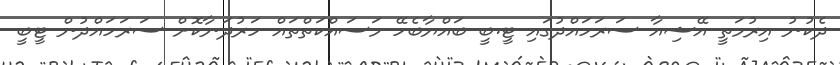
ދެކުނު އިރުމަތީ އޭޝިއާ ސަރަހައްދުގައި ޓީ.ބީ ބައްޔާބެހޭ މަސައްކަތްތައް ހަރުދަނާކޮށް ސަރަހައްދުން ޓީބީ